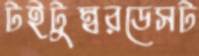
টইটুম্বরডেসট